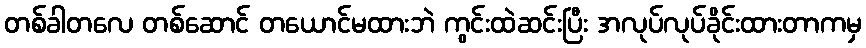
တစ်ခါတလေ တစ်ဆောင် တယောင်မထားဘဲ ကွင်းထဲဆင်းပြီး အလုပ်လုပ်ခိုင်းထားတာကမှ